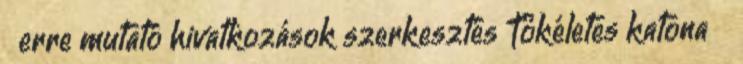
← erre mutató hivatkozások szerkesztés Tökéletes katona ‎ ←